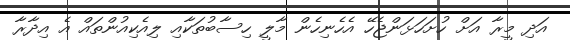
އަދި މީރާ އަށް ހުށަހަޅަންޖެހޭ އެހެނިހެން މާލީ ހިސާބުތަކާއި ލިއެކިއުންތައް އެ އިދާރާ